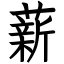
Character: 薪